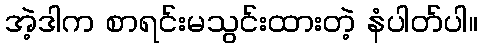
အဲ့ဒါက စာရင်းမသွင်းထားတဲ့ နံပါတ်ပါ။